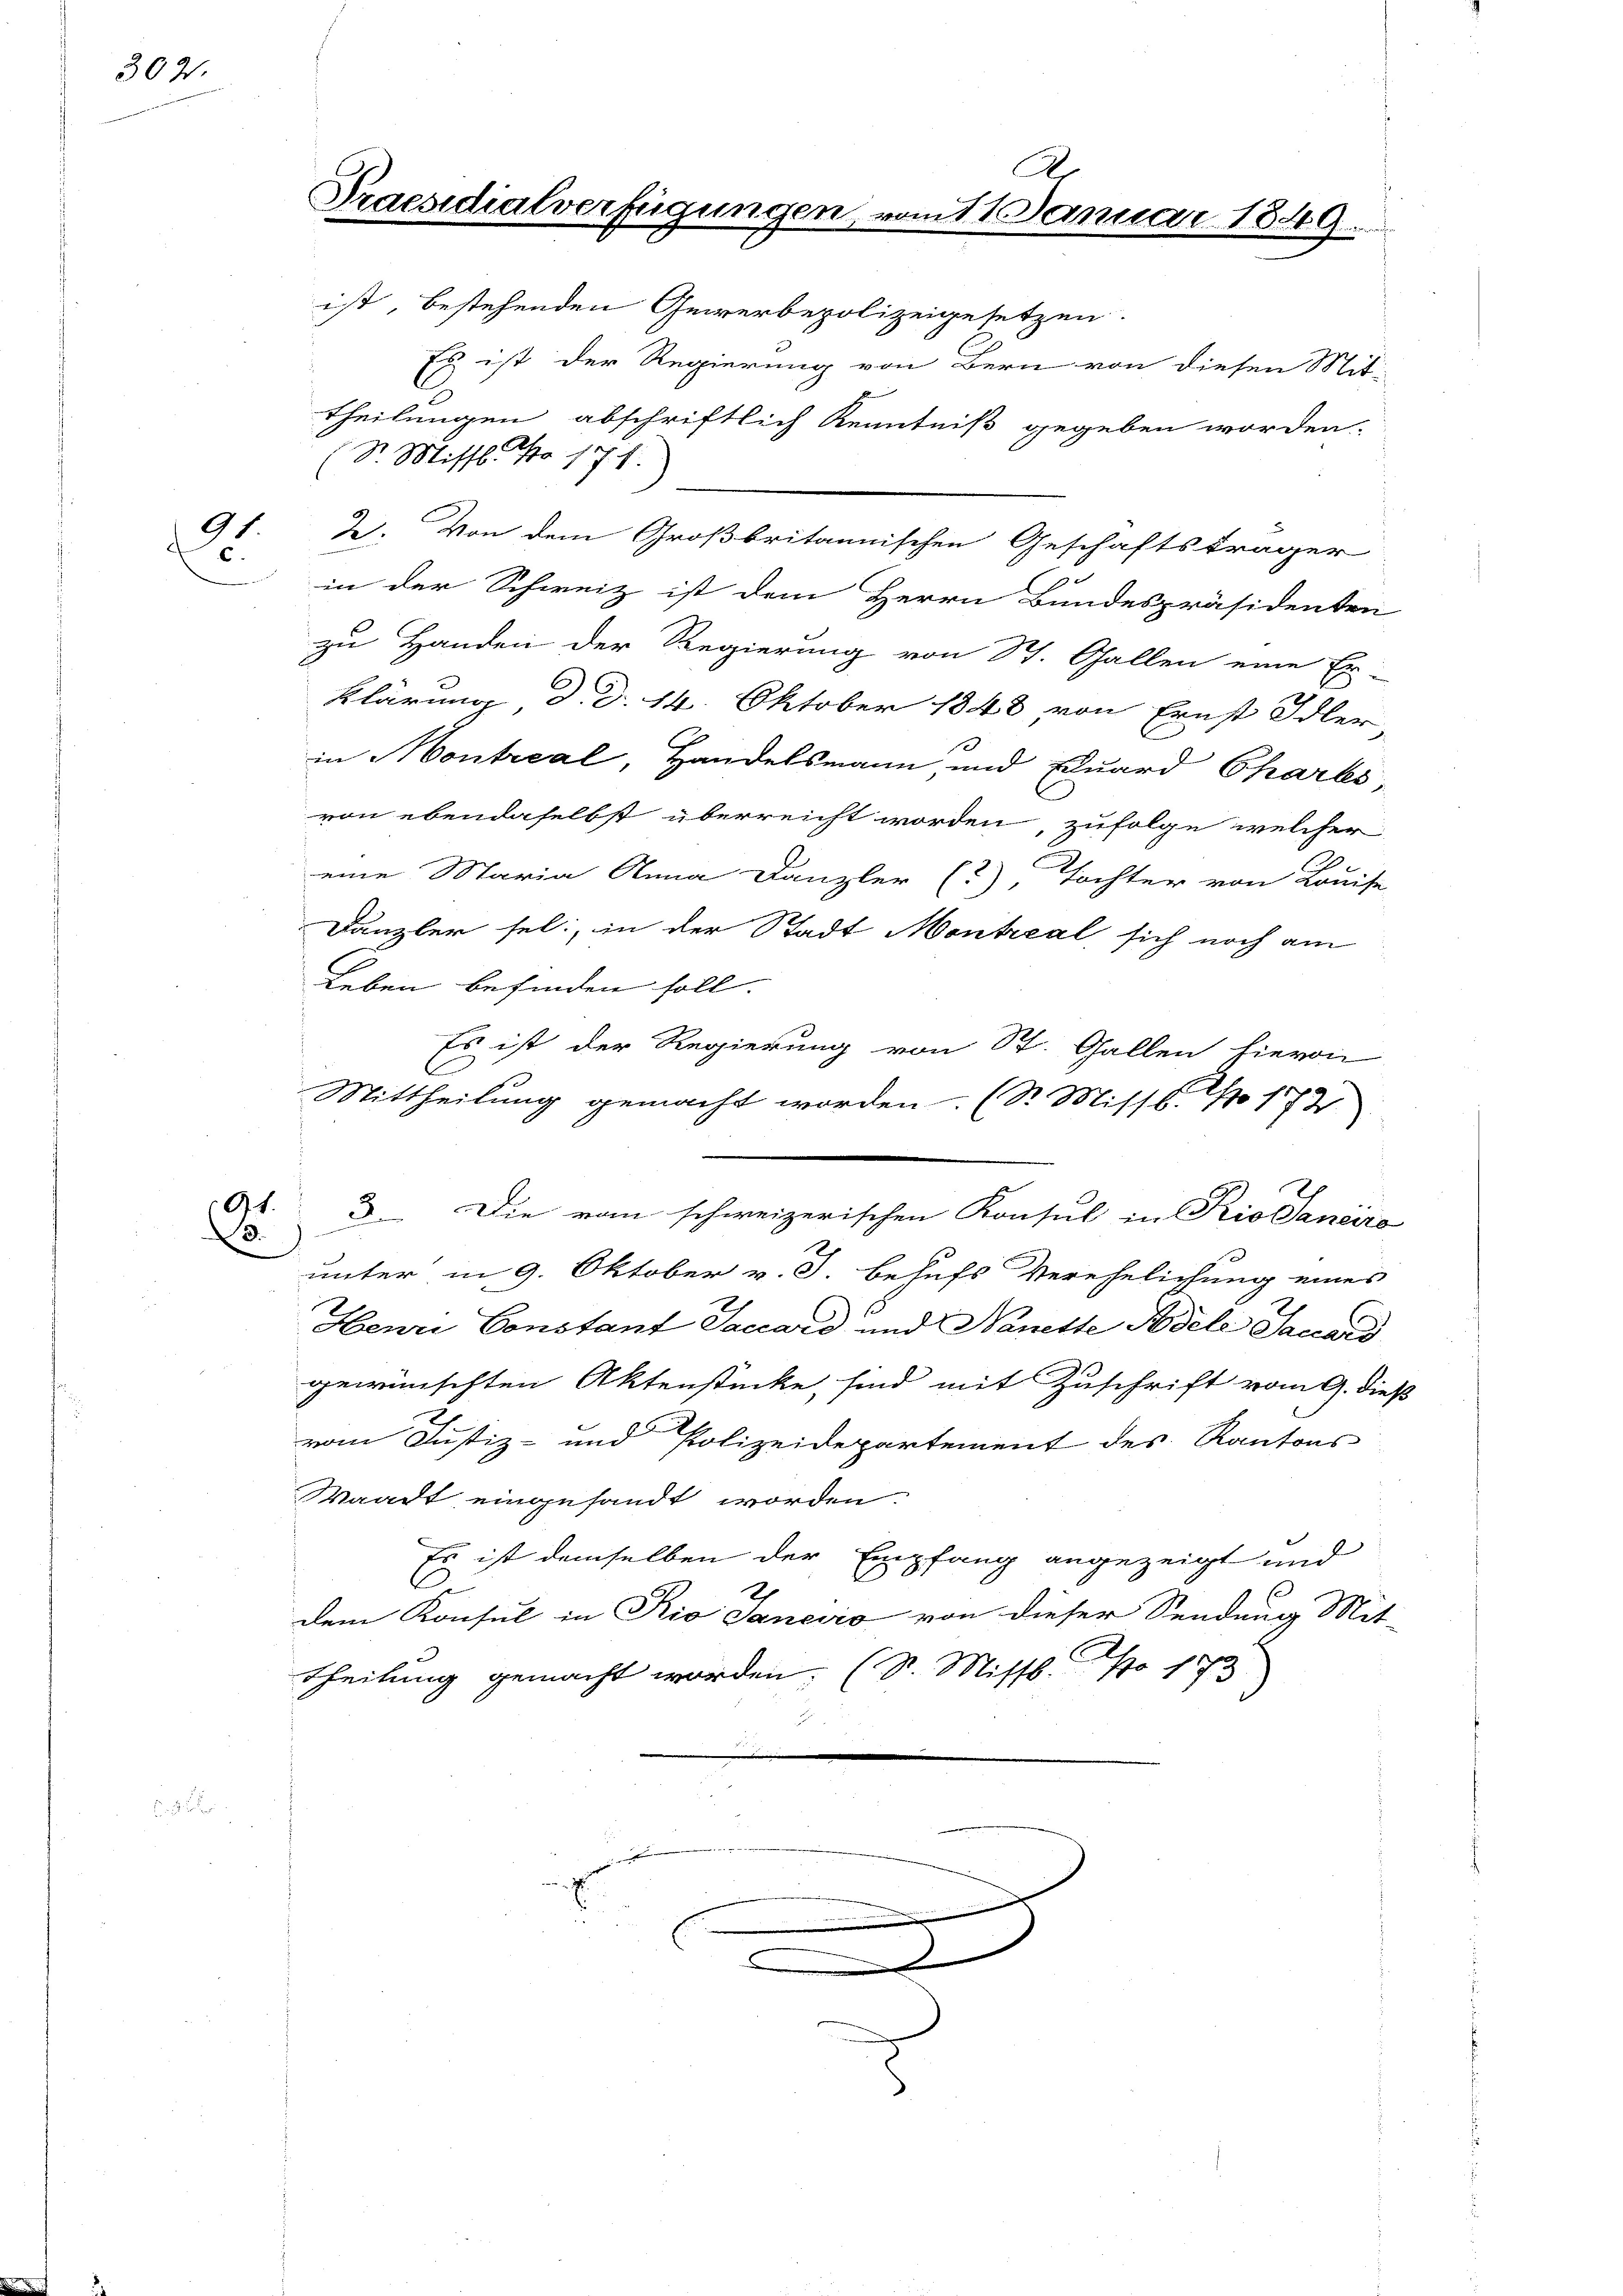
302.

91.
c.

d

.
Praesidialverfügungen, vom 17. Januar 1849.

C
2. Von dem Großbritannischen Geschäftsträger
zu
in der Schweiz ist dem Herrn Bundespräsidenten
zu Handen der Regierung von St. Gallen eine Er-
Klärung, d. d. 14. Oktober 1848 von Ernst Idler,
in Kontreal, Handelsmann und Eduard Chartes,
von ebendaselbst überreicht worden, zufolge welcher
eine Maria Anna Danzler (?), Tochter von Louise
Danzler sel., in der Stadt Montreal sich noch am
2
Leben befinden soll.
Es ist der Regierung von St. Gallen hievon
C
C
Mittheilung gemacht worden. (Dr. Missb. No 177
D. Die vom schweizerischen Konsul in Rio Sanciro
unter in 9. Oktober v. J. behufs Verehelichung eines
Henri Constant Saccord und Nanette Pedele Sauard
gewünschten Aktenstücke, sind mit Zuschrift vom 9. dieß
vom Justiz- und Polizeidepartement des Kantons
Waadt eingesandt worden.
Es ist demselben der Empfang angezeigt und
A
dem Konsul in Rio Janeiro von dieser Sendung Mit-
2
theilung gemacht worden; (S. Missb. No 175

(Sr. Missl. No 171.

ist, bestehenden Gewerbepolizeigesetzen.
Es ist der Regierung von Bern von diesen Mit-
theilungen abschriftlich Kenntniß gegeben worden.